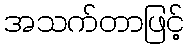
အသက်တာဖြင့်